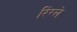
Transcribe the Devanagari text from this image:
रिंग्ले